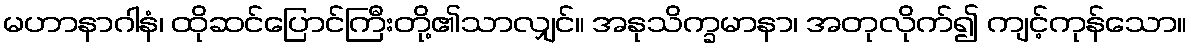
မဟာနာဂါနံ၊ ထိုဆင်ပြောင်ကြီးတို့၏သာလျှင်။ အနုသိက္ခမာနာ၊ အတုလိုက်၍ ကျင့်ကုန်သော။